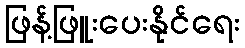
ဖြန့်ဖြူးပေးနိုင်ရေး